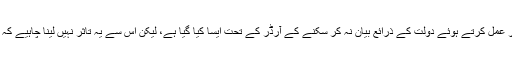
این سی اے نے کہا کہ: ’ہائی کورٹ کے فیصلے پر عمل کرتے ہوئے دولت کے ذرائع بیان نہ کر سکنے کے آرڈر کے تحت ایسا کیا گیا ہے، لیکن اس سے یہ تاثر نہیں لینا چاہیے کہ زمیرہ یا ان کے شوہرنے کسی جرم کا ارتکاب کیا۔